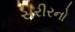
સરીરનો